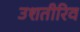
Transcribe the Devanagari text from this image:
उशतीरिव